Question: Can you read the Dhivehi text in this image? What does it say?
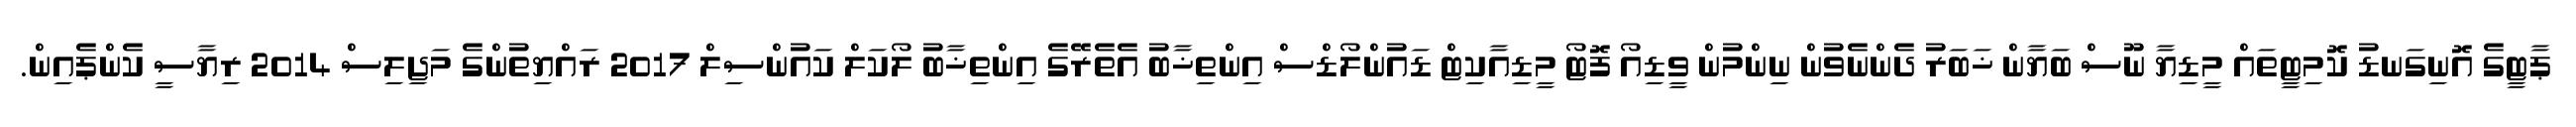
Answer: ޕާޓީގެ އޮނިގަނޑު ކޮމިޓީތައް މީޑިޔާ ނޫސް ބަޔާން ޚަބަރު ދެންނެވުން ނިންމުން ވީޑިއޯ ފޮޓޯ މީޑިއާކިޓް ޑައުންލޯޑްސް އިންތިޚާބު އެތެރޭގެ އިންތިޚާބު ލޯކަލް ކައުންސިލް 2017 ރައްޔިތުންގެ މަޖިލިސް 2014 ރިޔާސީ ކެންޕެއިން.